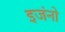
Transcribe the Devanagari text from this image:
इजंनो